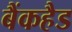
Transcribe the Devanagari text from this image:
बैंकहैड